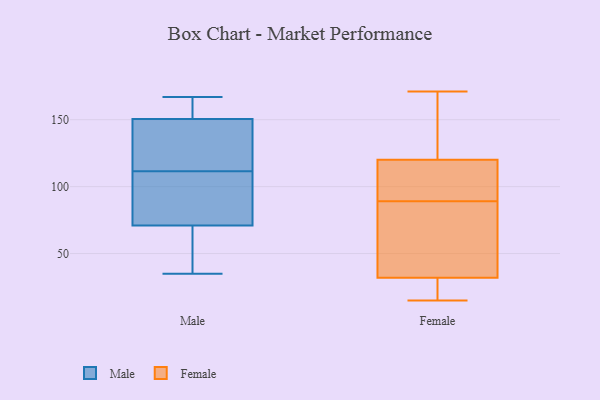
{"axis": {"x": "Shipments", "y": "Value"}, "legend": ["Female", "Male"], "data": [{"x": "", "y": 154, "type": "Male"}, {"x": "", "y": 167, "type": "Male"}, {"x": "", "y": 148, "type": "Male"}, {"x": "", "y": 41, "type": "Male"}, {"x": "", "y": 153, "type": "Male"}, {"x": "", "y": 101, "type": "Male"}, {"x": "", "y": 116, "type": "Male"}, {"x": "", "y": 67, "type": "Male"}, {"x": "", "y": 128, "type": "Male"}, {"x": "", "y": 91, "type": "Male"}, {"x": "", "y": 155, "type": "Male"}, {"x": "", "y": 158, "type": "Male"}, {"x": "", "y": 107, "type": "Male"}, {"x": "", "y": 134, "type": "Male"}, {"x": "", "y": 48, "type": "Male"}, {"x": "", "y": 35, "type": "Male"}, {"x": "", "y": 75, "type": "Male"}, {"x": "", "y": 48, "type": "Male"}, {"x": "", "y": 85, "type": "Male"}, {"x": "", "y": 139, "type": "Male"}, {"x": "", "y": 163, "type": "Female"}, {"x": "", "y": 171, "type": "Female"}, {"x": "", "y": 31, "type": "Female"}, {"x": "", "y": 120, "type": "Female"}, {"x": "", "y": 82, "type": "Female"}, {"x": "", "y": 148, "type": "Female"}, {"x": "", "y": 62, "type": "Female"}, {"x": "", "y": 95, "type": "Female"}, {"x": "", "y": 112, "type": "Female"}, {"x": "", "y": 83, "type": "Female"}, {"x": "", "y": 34, "type": "Female"}, {"x": "", "y": 105, "type": "Female"}, {"x": "", "y": 133, "type": "Female"}, {"x": "", "y": 15, "type": "Female"}, {"x": "", "y": 15, "type": "Female"}, {"x": "", "y": 23, "type": "Female"}, {"x": "", "y": 32, "type": "Female"}, {"x": "", "y": 110, "type": "Female"}]}